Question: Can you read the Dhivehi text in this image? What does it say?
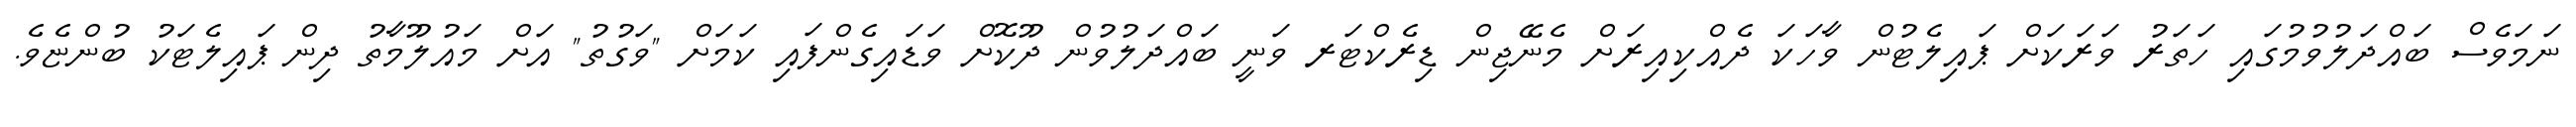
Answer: ނަމަވެސް ބައްދަލުވުމުގައި ހަތަރު ވަރަކަށް ޕައިލެޓުން ވާހަކަ ދެއްކިއިރަށް މެނޭޖިން ޑިރެކްޓަރ ވަނީ ބައްދަލުވުން ދޫކޮށް ވަޑައިގެންފައި ކަމަށް "ވަގުތު" އަށް މައުލޫމާތު ދިން ޕައިލެޓަކު ބުންޏެވެ.